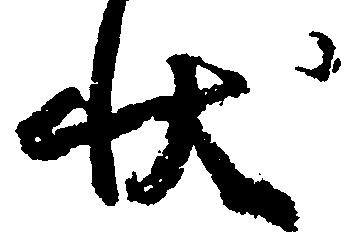
状